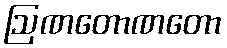
ဩဏတောဏတော